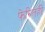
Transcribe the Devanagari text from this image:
फेरितही